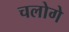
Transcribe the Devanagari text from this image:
चलोगे